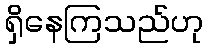
ရှိနေကြသည်ဟု